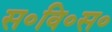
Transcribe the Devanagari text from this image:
स॰वि॰स॰